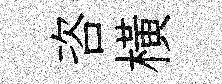
咨橫